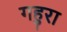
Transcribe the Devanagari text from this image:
गहुरा